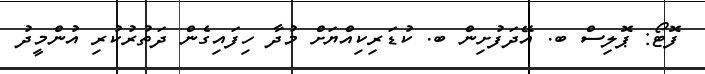
ފޮޓޯ: ޕޮލިސް ބ. އޭދަފުށިން ބ. ކުޑަރިކިއްޔަށް މުދާ ހިފައިގެން ދަތުރުކުރި އުންމީދު